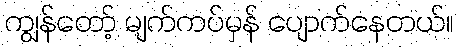
ကျွန်တော့် မျက်ကပ်မှန် ပျောက်နေတယ်။